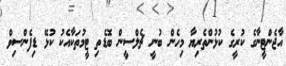
އާޖެންޓީނާގެ ކުރީގެ ކުޅުންތެރިޔާ މިހެން ބުނީ ޗެލްސީން ބޮޑެތި ޓީމުތަކާއެކު ކުޅޭ ޑިފެންސިވް